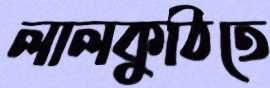
লালকুঠিতে